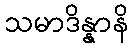
သမာဒိန္နာနိ